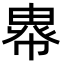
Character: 𢄖